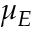
\mu _ { E }